Scientific memoirs by medical officers of the Army of India - Part IX,
Year: 1895
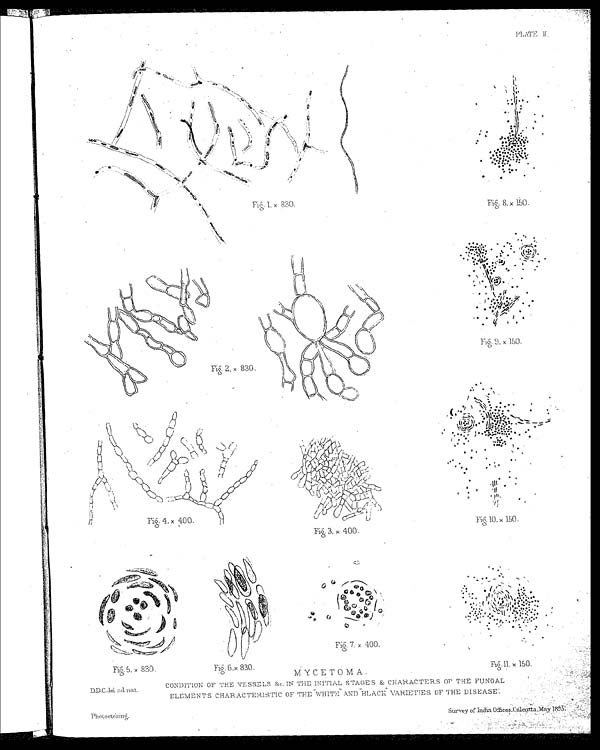
PLATE II
CONDITION OF THE VESSELS &c. IN THE INITIAL STAGES & CHARACTERS OF THE FUNGAL
D . D . C . d e l a d . n a t .
ELEMENTS CHARACTERISTIC OF THE "WHITE" AND "BLACK" VARIETIES OF THE DISEASE:
.
Photo etching.
Survey of India Offices, Calcutta, May
1 8 9 5 .